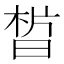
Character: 𣇮